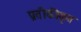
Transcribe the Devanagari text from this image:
प्रतीकीकृत